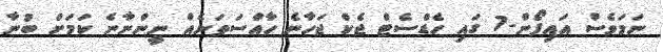
ނަމަވެސް އައިފޯން-7 ގައި ހެޑްސެޓް ޖެކް ޖަހާނެ ހާއްސަތަނެއް ނީންނާނެ ކަމަށް ބުނާ